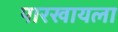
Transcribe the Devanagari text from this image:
पारखायला